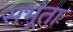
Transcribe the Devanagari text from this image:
सभूंताः